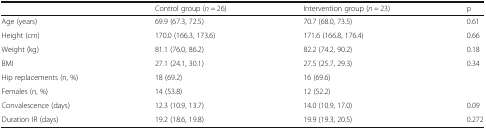
|  | Control group (n = 26) | Intervention group (n = 23) | p |
 | --- | --- | --- | --- |
 | Age (years) | 69.9 (67.3, 72.5) | 70.7 (68.0, 73.5) | 0.61 |
 | Height (cm) | 170.0 (166.3, 173.6) | 171.6 (166.8, 176.4) | 0.66 |
 | Weight (kg) | 81.1 (76.0, 86.2) | 82.2 (74.2, 90.2) | 0.18 |
 | BMI | 27.1 (24.1, 30.1) | 27.5 (25.7, 29.3) | 0.34 |
 | Hip replacements (n, %) | 18 (69.2) | 16 (69.6) | <ROWSPAN=2>  |
 | Females (n, %) | 14 (53.8) | 12 (52.2) |
 | Convalescence (days) | 12.3 (10.9, 13.7) | 14.0 (10.9, 17.0) | 0.09 |
 | Duration IR (days) | 19.2 (18.6, 19.8) | 19.9 (19.3, 20.5) | 0.272 |